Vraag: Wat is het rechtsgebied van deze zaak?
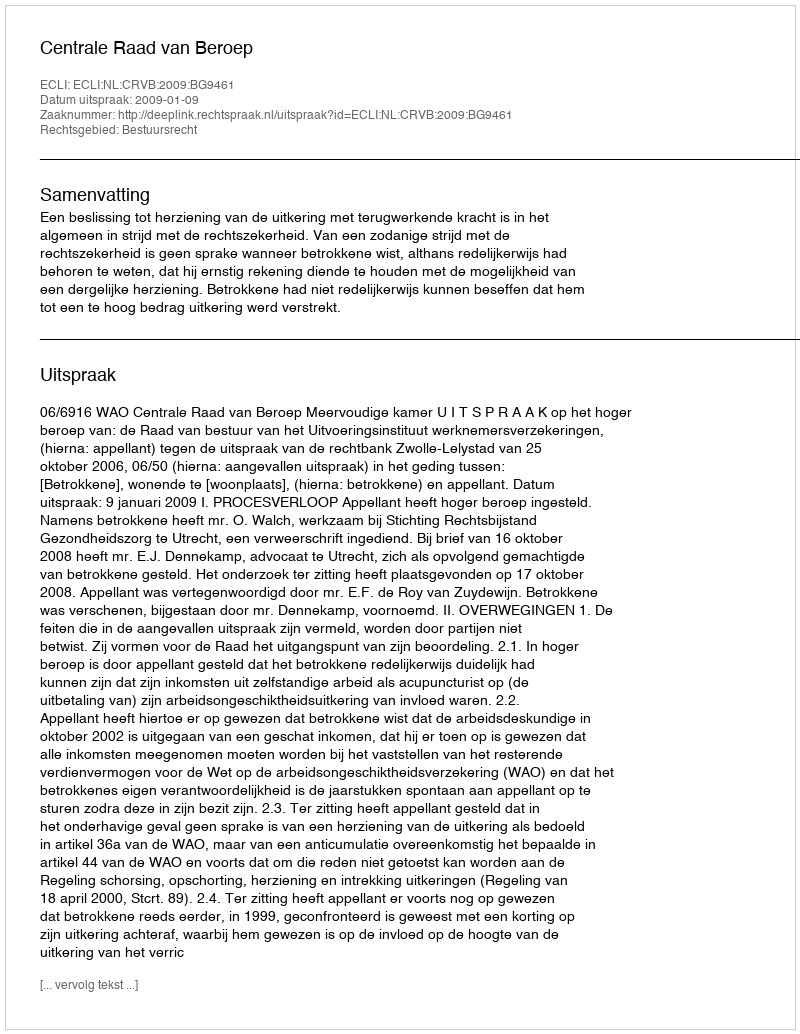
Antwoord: Bestuursrecht